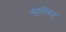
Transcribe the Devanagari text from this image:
स्मृतिरुप